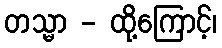
တသ္မာ - ထို့ကြောင့်၊